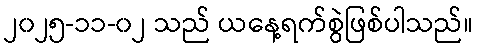
၂၀၂၅-၁၁-၀၂ သည် ယနေ့ရက်စွဲဖြစ်ပါသည်။